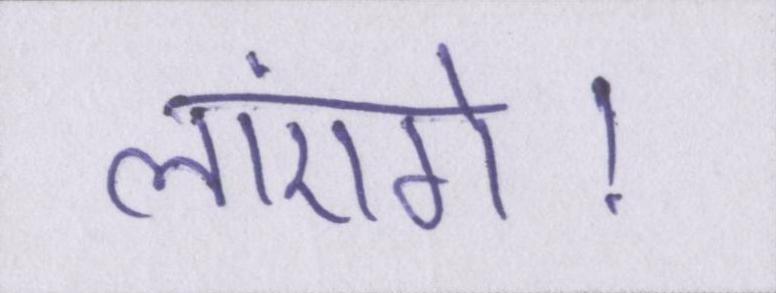
लाएंगे।